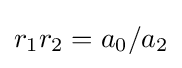
r_{1}r_{2}=a_{0}/a_{2}